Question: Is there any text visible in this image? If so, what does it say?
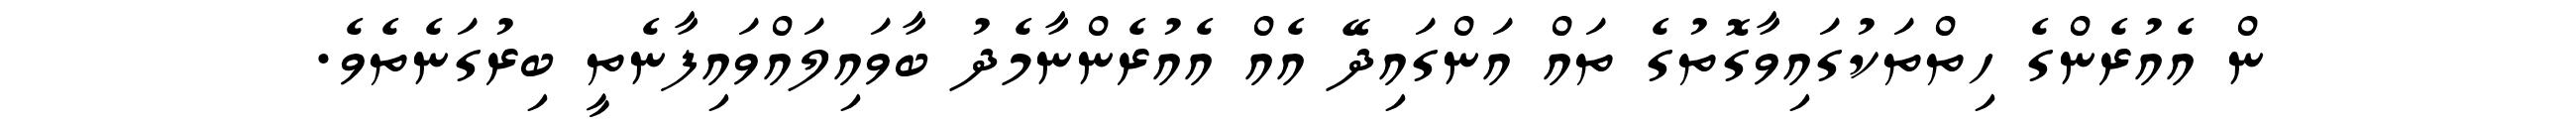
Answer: ން އެއުރެންގެ ހިތްތަކުގައިވާގޮތުގެ ތައް އަންގައިދޭ އެއް އެއުރެންނާމެދު ބާވައިލައްވައިފާނެތީ ބިރުގަނެތެވެ.